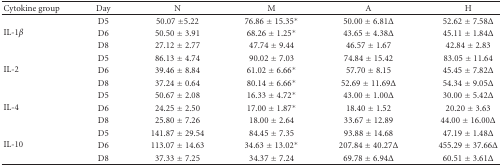
| Cytokine group | Day | N | M | A | H |
 | --- | --- | --- | --- | --- | --- |
 | <ROWSPAN=3> IL-1β | D5 | 50.07 ±5.22 | 76.86 ± 15.35* | 50.00 ± 6.81Δ | 52.62 ± 7.58Δ |
 | D6 | 50.50 ± 3.91 | 68.26 ± 1.25* | 43.65 ± 4.38Δ | 45.11 ± 1.84Δ |
 | D8 | 27.12 ± 2.77 | 47.74 ± 9.44 | 46.57 ± 1.67 | 42.84 ± 2.83 |
 | <ROWSPAN=3> IL-2 | D5 | 86.13 ± 4.74 | 90.02 ± 7.03 | 74.84 ± 15.42 | 83.05 ± 11.64 |
 | D6 | 39.46 ± 8.84 | 61.02 ± 6.66* | 57.70 ± 8.15 | 45.45 ± 7.82Δ |
 | D8 | 37.24 ± 0.64 | 80.14 ± 6.66* | 52.69 ± 11.69Δ | 54.34 ± 9.05Δ |
 | <ROWSPAN=3> IL-4 | D5 | 50.67 ± 2.08 | 16.33 ± 4.72* | 43.00 ± 1.00Δ | 30.00 ± 5.42Δ |
 | D6 | 24.25 ± 2.50 | 17.00 ± 1.87* | 18.40 ± 1.52 | 20.20 ± 3.63 |
 | D8 | 25.80 ± 7.26 | 18.00 ± 2.64 | 33.67 ± 12.89 | 44.00 ± 16.00Δ |
 | <ROWSPAN=3> IL-10 | D5 | 141.87 ± 29.54 | 84.45 ± 7.35 | 93.88 ± 14.68 | 47.19 ± 1.48Δ |
 | D6 | 113.07 ± 14.63 | 34.63 ± 13.02* | 207.84 ± 40.27Δ | 455.29 ± 37.66Δ |
 | D8 | 37.33 ± 7.25 | 34.37 ± 7.24 | 69.78 ± 6.94Δ | 60.51 ± 3.61Δ |